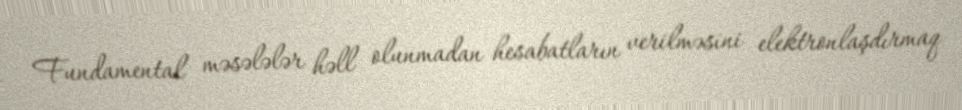
Fundamental məsələlər həll olunmadan hesabatların verilməsini elektronlaşdırmaq